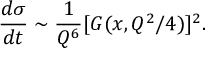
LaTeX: \frac { d \sigma } { d t } \sim \frac { 1 } { Q ^ { 6 } } [ G ( x , Q ^ { 2 } / 4 ) ] ^ { 2 } .